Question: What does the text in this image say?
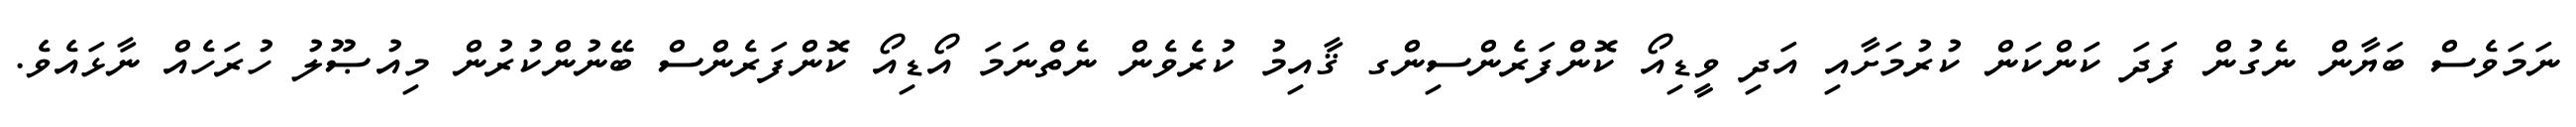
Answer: ނަމަވެސް ބަޔާން ނެގުން ފަދަ ކަންކަން ކުރުމަށާއި އަދި ވީޑިއޯ ކޮންފަރެންސިންގ ޤާއިމު ކުރެވެން ނެތްނަމަ އޯޑިއޯ ކޮންފަރެންސް ބޭނުންކުރުން މިއުޞޫލު ހުރަހެއް ނާޅައެވެ.